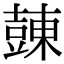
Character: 𧯾